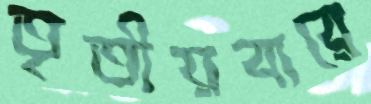
তৃতীয়বারে